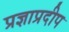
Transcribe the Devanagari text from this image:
प्रज्ञाप्रदीप